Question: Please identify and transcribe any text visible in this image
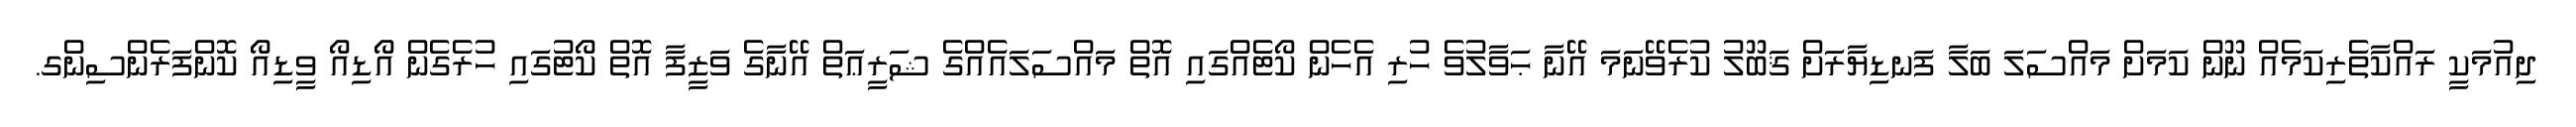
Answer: ދިއުމަކީ ރައްކާތެރިކަމެއް ނޫން ކަމަށް މައްސަލަ ބަލާ ފަނޑިޔާރަށް ޤަބޫލު ކުރެވޭނަމަ އޭނާ ޙަވާލުވެ ހުރި އެހެން ކޯޓެއްގައި އޮތް މައްސަލައެއްގެ ޝަރީޢަތް އޭނާގެ ވަޒީފާ އޮތް ކޯޓުގައި ހުރެގެން އޯޑިއޯ ވީޑިއޯ ކޮންފަރެންސިންގ.